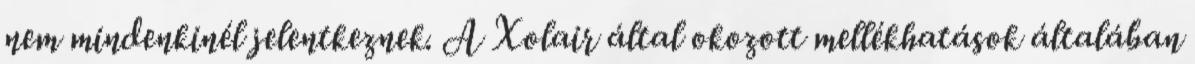
nem mindenkinél jelentkeznek. A Xolair által okozott mellékhatások általában